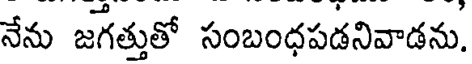
నేను జగత్తుతో సంబంధపడనివాడను.